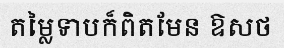
តម្លៃទាបក៏ពិតមែន ឱសថ